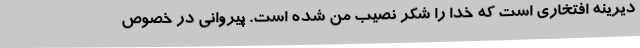
دیرینه افتخاری است که خدا را شکر نصیب من شده است. پیروانی در خصوص